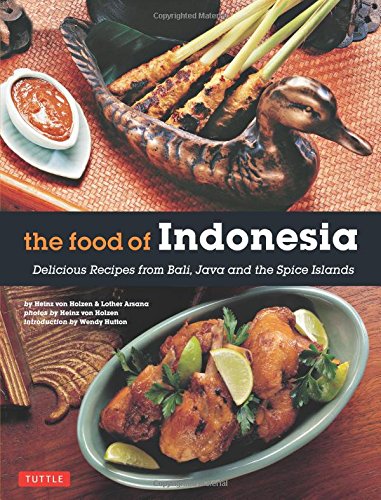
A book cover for The Food of Indonesia: Delicious Recipes from Bali, Java and the Spice Islands [Indonesian Cookbook, 79 Recipes]; Heinz Von Holzen; Cookbooks, Food & Wine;